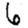
Digit: 6